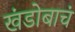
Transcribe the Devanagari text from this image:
खंडोबाचं